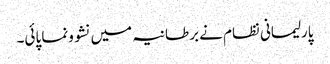
پارلیمانی نظام نے برطانیہ میں نشوونما پائی۔